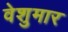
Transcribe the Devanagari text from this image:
वेशुमार